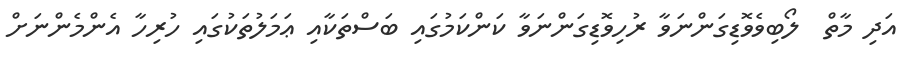
އަދި މާތް  ލޯބިވެވޮޑިގަންނަވާ ރުހިވޮޑިގަންނަވާ ކަންކަމުގައި ބަސްތަކާއި ޢަމަލުތަކުގައި ހުރިހާ އެންމެންނަށް